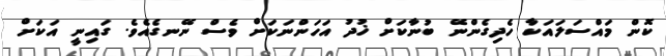
ކޮން މައްސަލައަކާ ހެދިގެންނޭ ބުނާކަށް ޚުދު އަހަންނަކަށް ވެސް ނޭނގެއެވެ. ގައިނީ އަކަށް